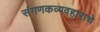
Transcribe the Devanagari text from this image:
संगणकव्यवहाराचे